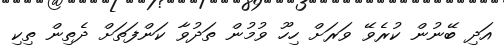
އަދި ބޭނުން ކުރެވޭ ވަރަށް ހިހޫ ވުމުން ތަދުވާ ކަންފަތަށް ދެތިން ތިކި